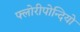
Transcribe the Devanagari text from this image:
फ्लोरीपोन्दियो